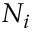
N _ { i }